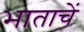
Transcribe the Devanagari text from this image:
भाताचें